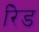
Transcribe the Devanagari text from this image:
रेिड